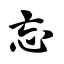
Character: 忘